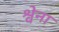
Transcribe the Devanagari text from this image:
श्वेना